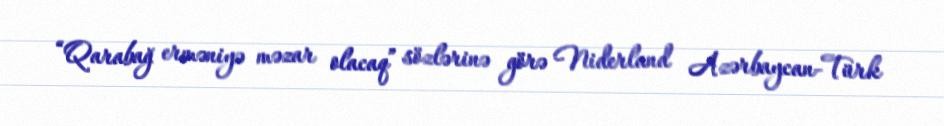
“Qarabağ erməniyə məzar olacaq” sözlərinə görə Niderland Azərbaycan-Türk